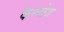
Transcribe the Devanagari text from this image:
कैम्पोज